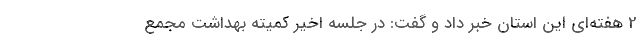
2 هفته‌ای این استان خبر داد و گفت: در جلسه اخیر کمیته بهداشت مجمع